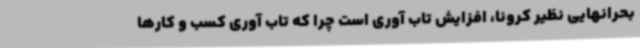
بحرانهایی نظیر کرونا، افزایش تاب آوری است چرا که تاب آوری کسب و کارها